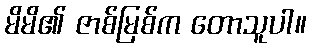
မိမိ၏ ဇာစ်မြစ်က တောသူပါ။